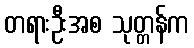
တရားဦးအစ သုတ္တန်က